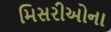
મિસરીઓના